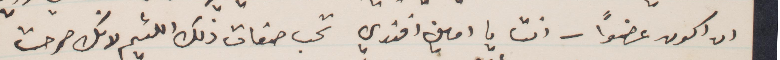
ان أكون عضوًا__انت يا امين افندي تحت صفات ذلك اللئيم لانك صرحت